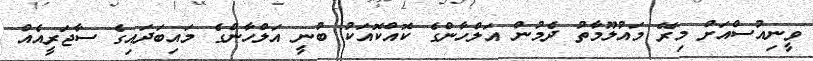
ވީނިއުސްއަށް މިރޭ މައުލޫމާތު ދެމުން އަލްހާންގެ ކޮއްކޮއަކު ބުނީ އަލްހާންގެ މައިބަދައިގެ ސާޖަރީއެއް